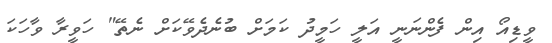
ވީޑިއޯ އިން ފެންނަނީ އަލީ ހަމީދު ކަމަށް ބުނެދެވޭކަށް ނެތޭ" ހަވީރާ ވާހަކަ